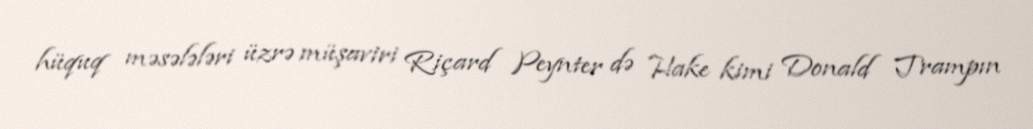
hüquq məsələləri üzrə müşaviri Riçard Peynter də Hake kimi Donald Trampın